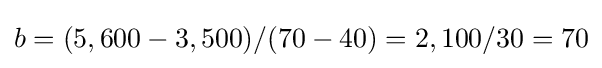
b=(5,600-3,500)/(70-40)=2,100/30=70